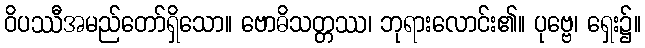
ဝိပဿီအမည်တော်ရှိသော။ ဗောဓိသတ္တဿ၊ ဘုရားလောင်း၏။ ပုဗ္ဗေ၊ ရှေး၌။